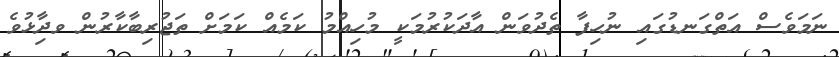
ނަމަވެސް އަތްގަނޑުގައި ނުހިފާ ތެދުވަން އާދަކުރުމަކީ މުހިއްމު ކަމެއް ކަމަށް ތަޖުރިބާކާރުން ވދިާޅުވެ